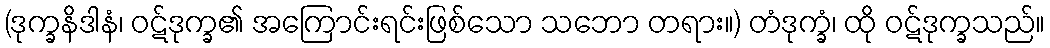
(ဒုက္ခနိဒါနံ၊ ဝဋ်ဒုက္ခ၏ အကြောင်းရင်းဖြစ်သော သဘော တရား။) တံဒုက္ခံ၊ ထို ဝဋ်ဒုက္ခသည်။